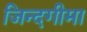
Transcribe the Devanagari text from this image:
जिन्दगीमा